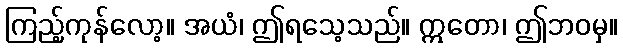
ကြည့်ကုန်လော့။ အယံ၊ ဤရသေ့သည်။ ဣတော၊ ဤဘဝမှ။